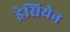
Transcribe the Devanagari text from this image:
ड्रेसियेन